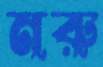
নরু